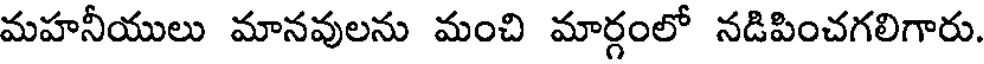
మహనీయులు మానవులను మంచి మార్గంలో నడిపించగలిగారు.